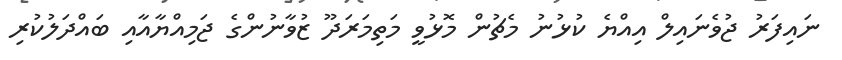
ނައިފަރު ޖުވެނައިލް އިއްޔެ ކުޅުނު މެޗުން މޮޅުވީ މަތިމަރަދޫ ޒުވާނުންގެ ޖަމިއްޔާއާއި ބައްދަލުކުރި